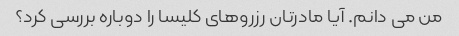
من می دانم. آیا مادرتان رزروهای کلیسا را ​​دوباره بررسی کرد؟